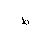
Letter: _da